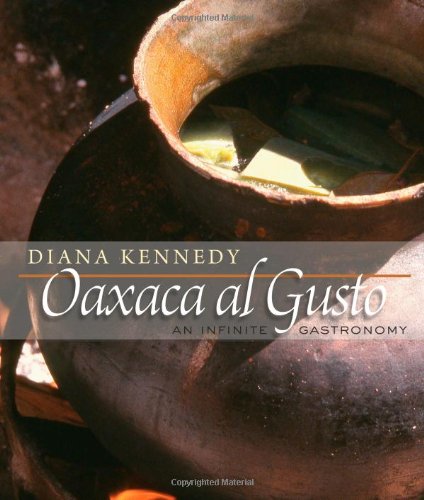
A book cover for Oaxaca al Gusto: An Infinite Gastronomy (William & Bettye Nowlin Series in Art, History, and Culture); Diana Kennedy; Cookbooks, Food & Wine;